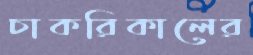
চাকরিকালের